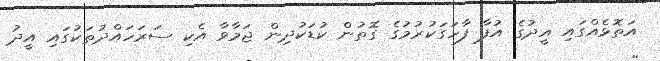
އަތޮޅެއްގައި އީދުގެ އުފާ ފާހަގަކުރުމުގެ ގޮތުން ކުޑަކުދިން ޖަމާވާ އެކި ސަރަހައްދުތަކުގައި އީދު